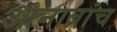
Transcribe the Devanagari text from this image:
आनाब्रांच